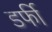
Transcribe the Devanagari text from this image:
डर्फी